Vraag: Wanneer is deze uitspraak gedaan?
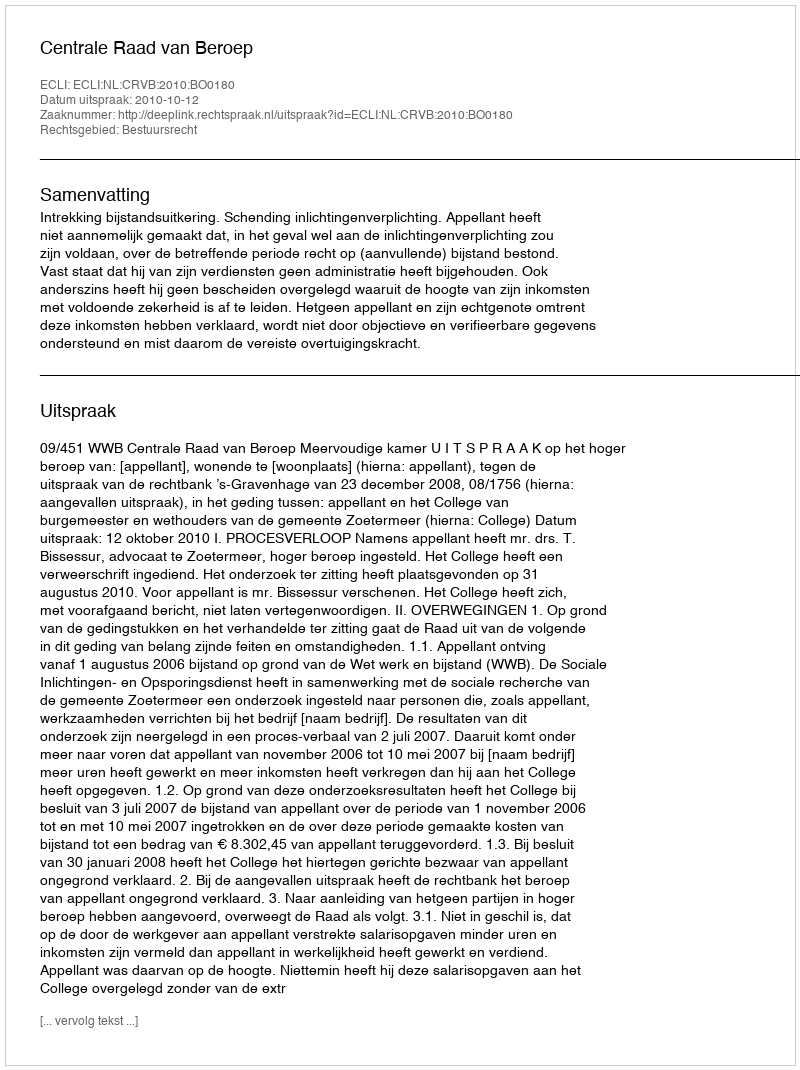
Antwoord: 2010-10-12